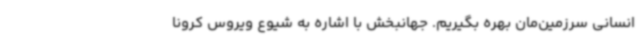
انسانی سرزمین‌مان بهره بگیریم. جهانبخش با اشاره به شیوع ویروس کرونا